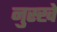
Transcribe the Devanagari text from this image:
नुस्‍खे